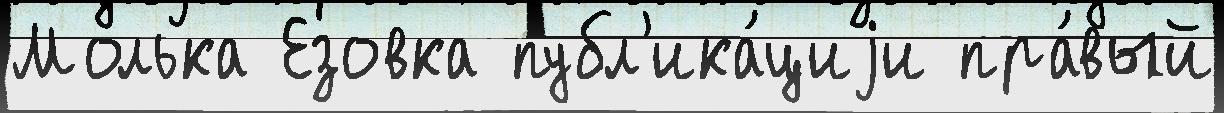
Молька Езовка публ'ика́циjи пра́вый